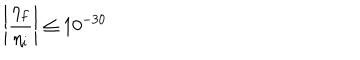
LaTeX: \left| \frac { \eta _ { f } } { \eta _ { i } } \right| \le 1 0 ^ { - 3 0 }